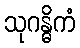
သုဂန္ဓိကံ